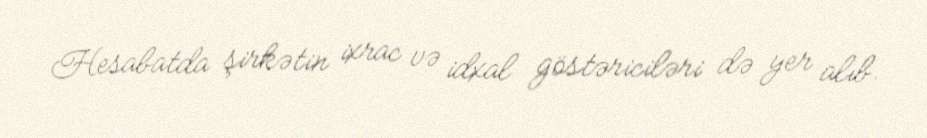
Hesabatda şirkətin ixrac və idxal göstəriciləri də yer alıb.